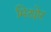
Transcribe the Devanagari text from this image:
मिट्योर